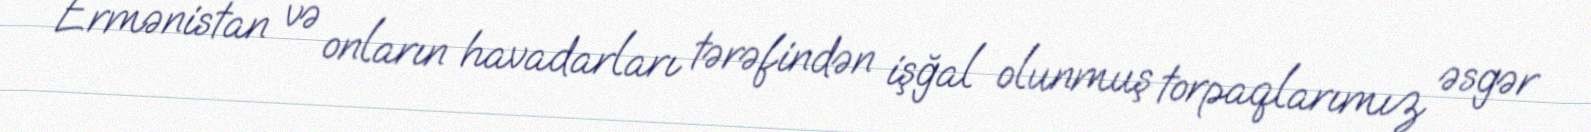
Ermənistan və onların havadarları tərəfindən işğal olunmuş torpaqlarımız əsgər